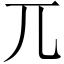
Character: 兀